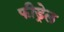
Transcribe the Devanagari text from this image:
फीड्रेल